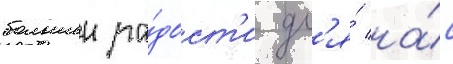
большеи ра́дост'и дл'я́ на́с